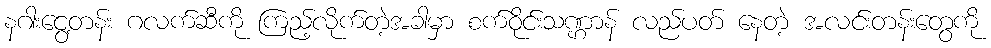
နဂါးငွေ့တန်း ဂလက်ဆီကို ကြည့်လိုက်တဲ့အခါမှာ စက်ဝိုင်းသဏ္ဌာန် လည်ပတ် နေတဲ့ အလင်းတန်းတွေကို